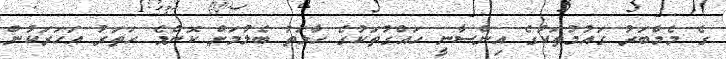
ގެ މެމްބަރު ގައުމުތަކުގެ އިންސާނީ ހައްގުތަކުގެ ހާލަތު ބެލުމަށް ކޮންމެ ހަތަރު އަހަރަކުން